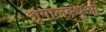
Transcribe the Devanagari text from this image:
शृगालबंधुओं